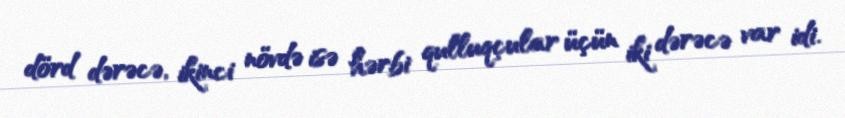
dörd dərəcə, ikinci növdə isə hərbi qulluqçular üçün iki dərəcə var idi.